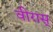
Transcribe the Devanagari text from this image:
वीरास्